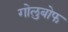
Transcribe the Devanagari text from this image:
गोलुबोफ